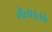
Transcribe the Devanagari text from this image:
मैलाइतके